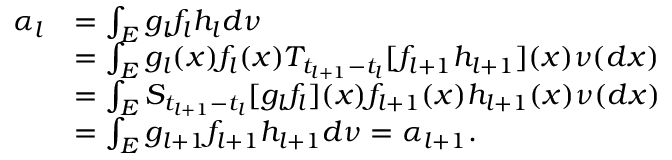
\begin{array} { r l } { \alpha _ { l } } & { = \int _ { E } g _ { l } f _ { l } h _ { l } d \nu } \\ { \ } & { = \int _ { E } g _ { l } ( x ) f _ { l } ( x ) T _ { t _ { l + 1 } - t _ { l } } [ f _ { l + 1 } h _ { l + 1 } ] ( x ) \nu ( d x ) } \\ { \ } & { = \int _ { E } S _ { t _ { l + 1 } - t _ { l } } [ g _ { l } f _ { l } ] ( x ) f _ { l + 1 } ( x ) h _ { l + 1 } ( x ) \nu ( d x ) } \\ { \ } & { = \int _ { E } g _ { l + 1 } f _ { l + 1 } h _ { l + 1 } d \nu = \alpha _ { l + 1 } . } \end{array}